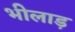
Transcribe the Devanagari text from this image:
भीलाड़